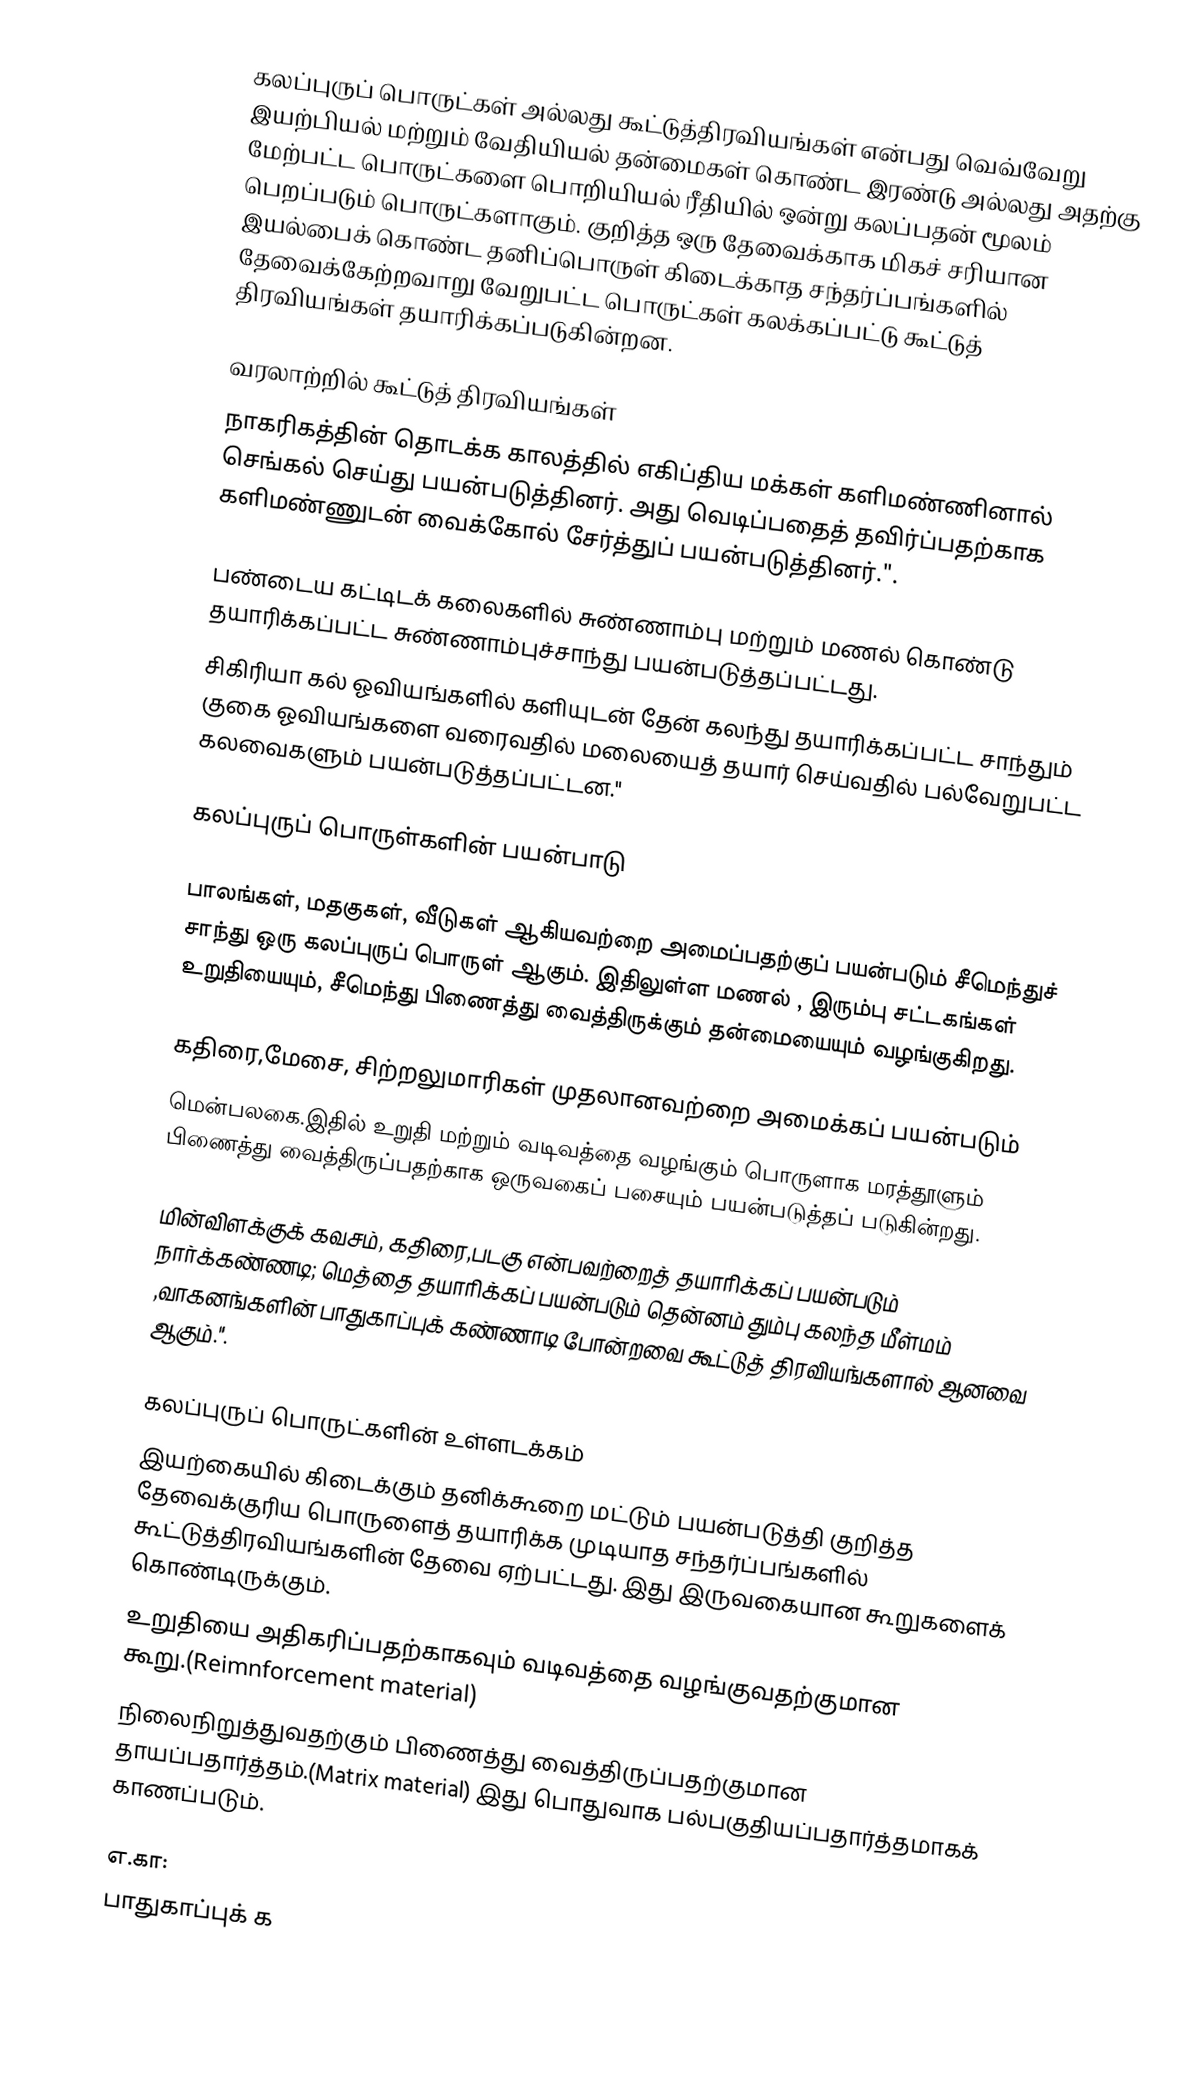
கலப்புருப் பொருட்கள் அல்லது கூட்டுத்திரவியங்கள் என்பது வெவ்வேறு இயற்பியல் மற்றும் வேதியியல் தன்மைகள் கொண்ட இரண்டு அல்லது அதற்கு மேற்பட்ட பொருட்களை பொறியியல் ரீதியில் ஒன்று கலப்பதன் மூலம் பெறப்படும் பொருட்களாகும். குறித்த ஒரு தேவைக்காக மிகச் சரியான இயல்பைக் கொண்ட தனிப்பொருள் கிடைக்காத சந்தர்ப்பங்களில் தேவைக்கேற்றவாறு வேறுபட்ட பொருட்கள் கலக்கப்பட்டு கூட்டுத் திரவியங்கள் தயாரிக்கப்படுகின்றன.

வரலாற்றில் கூட்டுத் திரவியங்கள்
 நாகரிகத்தின் தொடக்க காலத்தில் எகிப்திய மக்கள் களிமண்ணினால் செங்கல் செய்து பயன்படுத்தினர். அது வெடிப்பதைத் தவிர்ப்பதற்காக களிமண்ணுடன் வைக்கோல் சேர்த்துப் பயன்படுத்தினர்.".

பண்டைய கட்டிடக் கலைகளில் சுண்ணாம்பு மற்றும் மணல் கொண்டு தயாரிக்கப்பட்ட சுண்ணாம்புச்சாந்து பயன்படுத்தப்பட்டது.
சிகிரியா கல் ஓவியங்களில் களியுடன் தேன் கலந்து தயாரிக்கப்பட்ட சாந்தும் குகை ஓவியங்களை வரைவதில் மலையைத் தயார் செய்வதில் பல்வேறுபட்ட கலவைகளும் பயன்படுத்தப்பட்டன."

கலப்புருப் பொருள்களின் பயன்பாடு

பாலங்கள், மதகுகள், வீடுகள் ஆகியவற்றை அமைப்பதற்குப் பயன்படும் சீமெந்துச் சாந்து ஒரு கலப்புருப் பொருள் ஆகும். இதிலுள்ள மணல் , இரும்பு சட்டகங்கள் உறுதியையும், சீமெந்து பிணைத்து வைத்திருக்கும் தன்மையையும் வழங்குகிறது.

கதிரை,மேசை, சிற்றலுமாரிகள் முதலானவற்றை அமைக்கப் பயன்படும்
மென்பலகை.இதில் உறுதி மற்றும் வடிவத்தை வழங்கும் பொருளாக மரத்தூளும் பிணைத்து வைத்திருப்பதற்காக ஒருவகைப் பசையும் பயன்படுத்தப் படுகின்றது.

மின்விளக்குக் கவசம், கதிரை,படகு என்பவற்றைத் தயாரிக்கப் பயன்படும் நார்க்கண்ணடி; மெத்தை தயாரிக்கப் பயன்படும் தென்னம் தும்பு கலந்த மீள்மம் ,வாகனங்களின் பாதுகாப்புக் கண்ணாடி போன்றவை கூட்டுத் திரவியங்களால் ஆனவை ஆகும்.".

கலப்புருப் பொருட்களின் உள்ளடக்கம்
இயற்கையில் கிடைக்கும் தனிக்கூறை மட்டும் பயன்படுத்தி குறித்த தேவைக்குரிய பொருளைத் தயாரிக்க முடியாத சந்தர்ப்பங்களில் கூட்டுத்திரவியங்களின் தேவை ஏற்பட்டது. இது இருவகையான கூறுகளைக் கொண்டிருக்கும்.
 உறுதியை அதிகரிப்பதற்காகவும் வடிவத்தை வழங்குவதற்குமான கூறு.(Reimnforcement material)
 நிலைநிறுத்துவதற்கும் பிணைத்து வைத்திருப்பதற்குமான தாயப்பதார்த்தம்.(Matrix material) இது பொதுவாக பல்பகுதியப்பதார்த்தமாகக் காணப்படும்.

எ.கா:
பாதுகாப்புக் க